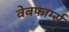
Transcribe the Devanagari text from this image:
वेबफार्म्स